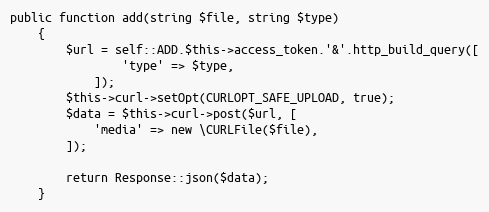
Language: PHP
public function add(string $file, string $type)
    {
        $url = self::ADD.$this->access_token.'&'.http_build_query([
                'type' => $type,
            ]);
        $this->curl->setOpt(CURLOPT_SAFE_UPLOAD, true);
        $data = $this->curl->post($url, [
            'media' => new \CURLFile($file),
        ]);

        return Response::json($data);
    }